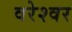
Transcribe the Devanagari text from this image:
वरेश्वर